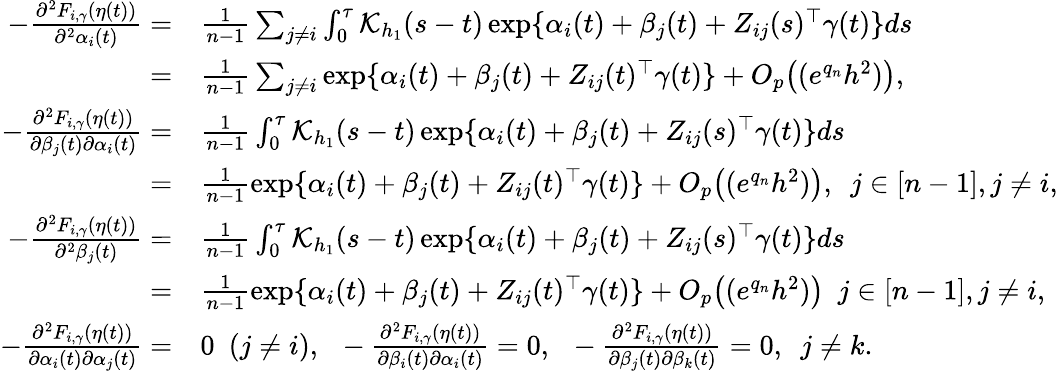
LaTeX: \begin{array}{rl}{-\frac{\partial^{2}F_{i,\gamma}(\eta(t))}{\partial^{2}\alpha_{i}(t)}=}&{\frac{1}{n-1}\sum_{j\neq i}\int_{0}^{\tau}\mathcal{K}_{h_{1}}(s-t)\exp\{ \alpha_{i}(t)+\beta_{j}(t)+Z_{ij}(s)^{\top}\gamma(t)\} ds}\\ {=}&{\frac{1}{n-1}\sum_{j\neq i}\exp\{ \alpha_{i}(t)+\beta_{j}(t)+Z_{ij}(t)^{\top}\gamma(t)\} +O_{p}\big((e^{q_{n}}h^{2})\big),}\\ {-\frac{\partial^{2}F_{i,\gamma}(\eta(t))}{\partial\beta_{j}(t)\partial\alpha_{i}(t)}=}&{\frac{1}{n-1}\int_{0}^{\tau}\mathcal{K}_{h_{1}}(s-t)\exp\{ \alpha_{i}(t)+\beta_{j}(t)+Z_{ij}(s)^{\top}\gamma(t)\} ds}\\ {=}&{\frac{1}{n-1}\exp\{ \alpha_{i}(t)+\beta_{j}(t)+Z_{ij}(t)^{\top}\gamma(t)\} +O_{p}\big((e^{q_{n}}h^{2})\big),~~j\in[n-1],j\neq i,}\\ {-\frac{\partial^{2}F_{i,\gamma}(\eta(t))}{\partial^{2}\beta_{j}(t)}=}&{\frac{1}{n-1}\int_{0}^{\tau}\mathcal{K}_{h_{1}}(s-t)\exp\{ \alpha_{i}(t)+\beta_{j}(t)+Z_{ij}(s)^{\top}\gamma(t)\} ds}\\ {=}&{\frac{1}{n-1}\exp\{ \alpha_{i}(t)+\beta_{j}(t)+Z_{ij}(t)^{\top}\gamma(t)\} +O_{p}\big((e^{q_{n}}h^{2})\big)~~j\in[n-1],j\neq i,}\\ {-\frac{\partial^{2}F_{i,\gamma}(\eta(t))}{\partial\alpha_{i}(t)\partial\alpha_{j}(t)}=}&{0~~(j\neq i),~~-\frac{\partial^{2}F_{i,\gamma}(\eta(t))}{\partial\beta_{i}(t)\partial\alpha_{i}(t)}=0,~~-\frac{\partial^{2}F_{i,\gamma}(\eta(t))}{\partial\beta_{j}(t)\partial\beta_{k}(t)}=0,~~j\neq k.}\end{array}